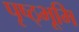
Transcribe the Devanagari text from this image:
पृष्ठ्भूमि